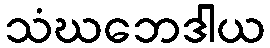
သံဃဘေဒါယ